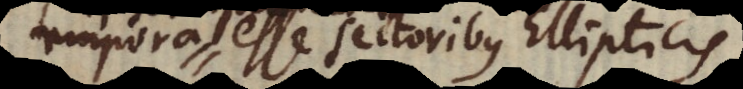
empora esse Sectoribus Ellipticis